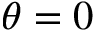
\theta = 0